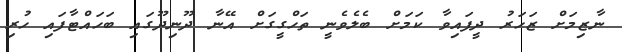
ނާޒިމަށް ޒަހަރު ދީފައިވާ ކަމަށް ބެލެވެނީ ތަހްގީގަށް އޭނާ ދޫނިދޫގައި ބަހައްޓާފައި ހުރި